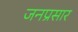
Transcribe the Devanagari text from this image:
जनप्रसार